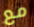
مع